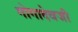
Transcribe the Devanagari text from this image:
गोगादेवजी